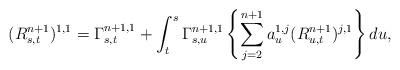
LaTeX: \begin{align*}(R_{s,t}^{n+1})^{1,1}=\Gamma_{s,t}^{n+1,1}+\int_{t}^s \Gamma_{s,u}^{n+1,1}\left\{ \sum_{j=2}^{n+1} a_u^{1,j} (R_{u,t}^{n+1})^{j,1}\right\} du, \end{align*}